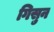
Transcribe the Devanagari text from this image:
गिसुन